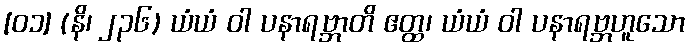
[၀၁] (နိ၊ ၂၃၆) ယံယံ ဝါ ပနာရဗ္ဘာတိ ဧတ္ထ၊ ယံယံ ဝါ ပနာရဗ္ဘဟူသော